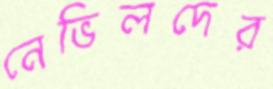
নেভিলদের